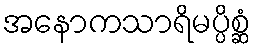
အနောကသာရိမပ္ပိစ္ဆံ